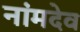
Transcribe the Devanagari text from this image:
नांमदेव